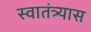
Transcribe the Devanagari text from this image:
स्वातंत्र्यास